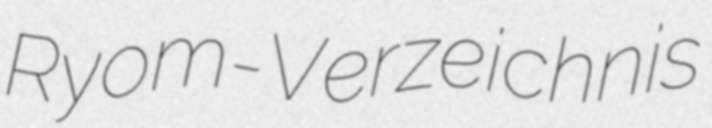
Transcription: Ryom-Verzeichnis